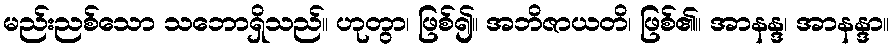
မည်းညစ်သော သဘောရှိသည်။ ဟုတွာ၊ ဖြစ်၍။ အဘိဇာယတိ၊ ဖြစ်၏။ အာနန္ဒ၊ အာနန္ဒာ။